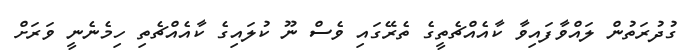
ގުދުރަތުން ލައްވާފައިވާ ކާއެއްޗެތީގެ ތެރޭގައި ވެސް ނޫ ކުލައިގެ ކާއެއްޗެތި ހިމެނެނީ ވަރަށް